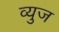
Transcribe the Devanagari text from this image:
व्युज